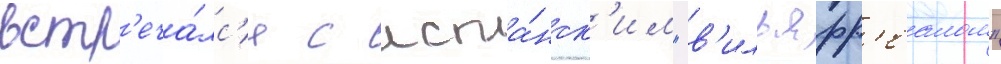
встр'еча́лс'я с испа́нск'им "в'ильярр'еалом"